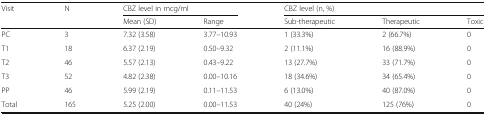
<table><thead><tr><td rowspan="2"><b>Visit</b></td><td rowspan="2"><b>N</b></td><td colspan="2"><b>CBZ level in mcg/ml</b></td><td colspan="3"><b>CBZ level (n, %)</b></td></tr><tr><td><b>Mean (SD)</b></td><td><b>Range</b></td><td><b>Sub-therapeutic</b></td><td><b>Therapeutic</b></td><td><b>Toxic</b></td></tr></thead><tbody><tr><td>PC</td><td>3</td><td>7.32 (3.58)</td><td>3.77–10.93</td><td>1 (33.3%)</td><td>2 (66.7%)</td><td>0</td></tr><tr><td>T1</td><td>18</td><td>6.37 (2.19)</td><td>0.50–9.32</td><td>2 (11.1%)</td><td>16 (88.9%)</td><td>0</td></tr><tr><td>T2</td><td>46</td><td>5.57 (2.13)</td><td>0.43–9.22</td><td>13 (27.7%)</td><td>33 (71.7%)</td><td>0</td></tr><tr><td>T3</td><td>52</td><td>4.82 (2.38)</td><td>0.00–10.16</td><td>18 (34.6%)</td><td>34 (65.4%)</td><td>0</td></tr><tr><td>PP</td><td>46</td><td>5.99 (2.19)</td><td>0.11–11.53</td><td>6 (13.0%)</td><td>40 (87.0%)</td><td>0</td></tr><tr><td>Total</td><td>165</td><td>5.25 (2.00)</td><td>0.00–11.53</td><td>40 (24%)</td><td>125 (76%)</td><td>0</td></tr></tbody></table>